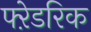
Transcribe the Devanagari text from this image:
फ्ऱेडरिक